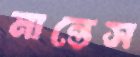
নান্তেস